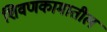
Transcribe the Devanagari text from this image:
शिवणकामातील